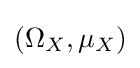
(\Omega _{X},\mu _{X})